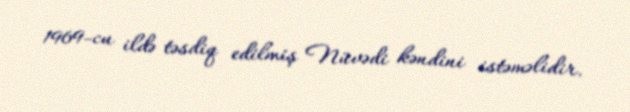
1969-cu ildə təsdiq edilmiş Nüvədi kəndini istəməlidir.